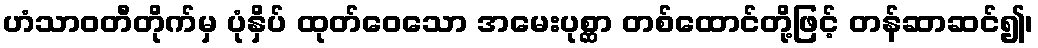
ဟံသာဝတီတိုက်မှ ပုံနှိပ် ထုတ်ဝေသော အမေးပုစ္ဆာ တစ်ထောင်တို့ဖြင့် တန်ဆာဆင်၍၊